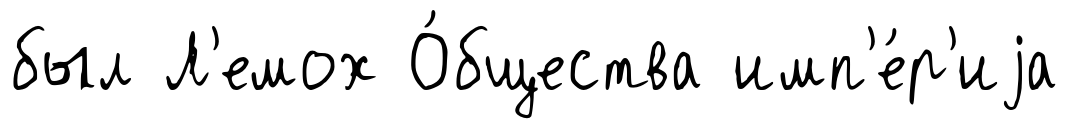
был Л'емох О́бщества имп'е́р'иjа